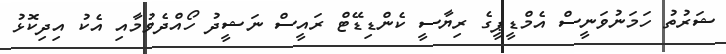
ޝަރުތު ހަމަނުވަނީސް އެމްޑީޕީގެ ރިޔާސީ ކެންޑިޑޭޓް ރައީސް ނަޝީދު ހޯއްދެވުމާއި އެކު އިދިކޮޅު